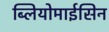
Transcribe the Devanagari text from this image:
ब्लियोमाईसिन